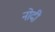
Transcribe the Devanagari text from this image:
नोदी